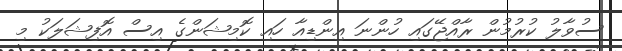
ސުވާލު ކުރުމުން ރާއްޖޭގައި ހުންނަ އިންޑިއާ ހައި ކޮމިޝަންގެ އިސް އޮފިޝަލަކު މި